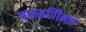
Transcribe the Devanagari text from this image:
चयमपीिनज़